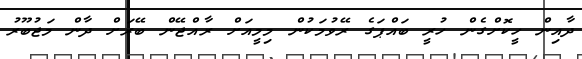
ދާއިން ހީކޮށްގެން ހުރީ ބައްޕަގެ ރޭވުމަކުން މިމީއަށް ރާއްޖޭން ބޭރަށް ދާން މަޖުބޫރު